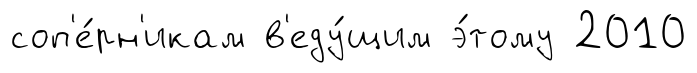
соп'е́рн'икам в'еду́щим э́тому 2010